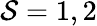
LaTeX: \mathcal{S}=1,2